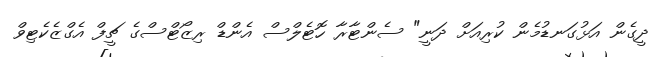
ދީގެން އަޅުގަނޑުމެން ކުރިއަށް ދަނީ" ސެންޓާރާ ހޮޓެލްސް އެންޑް ރިޒޯޓްސްގެ ޗީފް އެގްޒެކެޓިވް